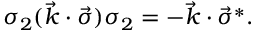
\sigma _ { 2 } ( { \vec { k } } \cdot { \vec { \sigma } } ) \sigma _ { 2 } = - { \vec { k } } \cdot { \vec { \sigma } } ^ { * } .